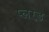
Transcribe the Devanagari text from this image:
प्लग्ड